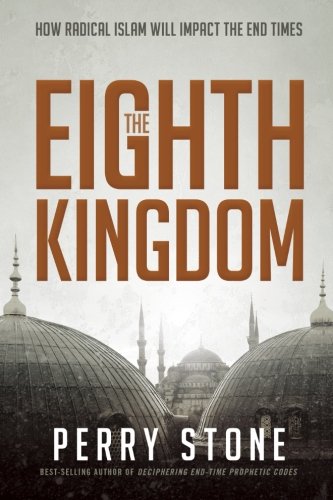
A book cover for The Eighth Kingdom: How Radical Islam Will Impact the End Times; Perry Stone; Christian Books & Bibles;